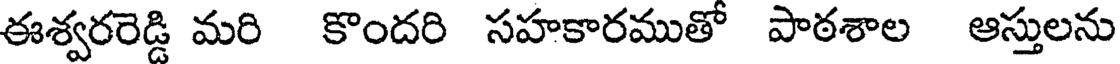
ఈశ్వరరెడ్డి మరి కొందరి సహకారముతో పాఠశాల ఆస్తులను